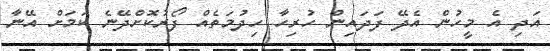
އަދި އެ މީހުން އެދޭ ފަދައިން ހުރިހާ ހިދުމަތެއް ފޯރުކޮށްދޭނެ ކަމަށް އޭނާ